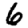
Digit: 6